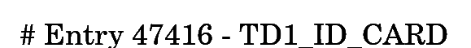
# Entry 47416 - TD1_ID_CARD